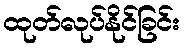
ထုတ်လုပ်နိုင်ခြင်း